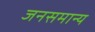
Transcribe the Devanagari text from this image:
जनसमान्य